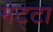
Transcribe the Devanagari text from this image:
मेट्टा